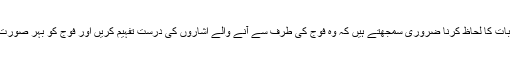
اب تک ملک کے سیاستدان مخالفین سے پنجہ آزمائی کرتے ہوئے اس بات کا لحاظ کرنا ضروری سمجھتے ہیں کہ وہ فوج کی طرف سے آنے والے اشاروں کی درست تفہیم کریں اور فوج کو بہر صورت یہ یقین دلائیں کہ وہ ہر حال میں فوج کے مفادات کا تحفظ کریں گے۔